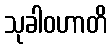
သုခါဝဟာတိ